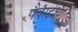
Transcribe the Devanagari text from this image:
पैदाईशी